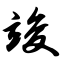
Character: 竣